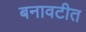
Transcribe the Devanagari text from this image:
बनावटीत